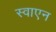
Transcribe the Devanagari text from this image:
स्वाएन